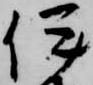
伊